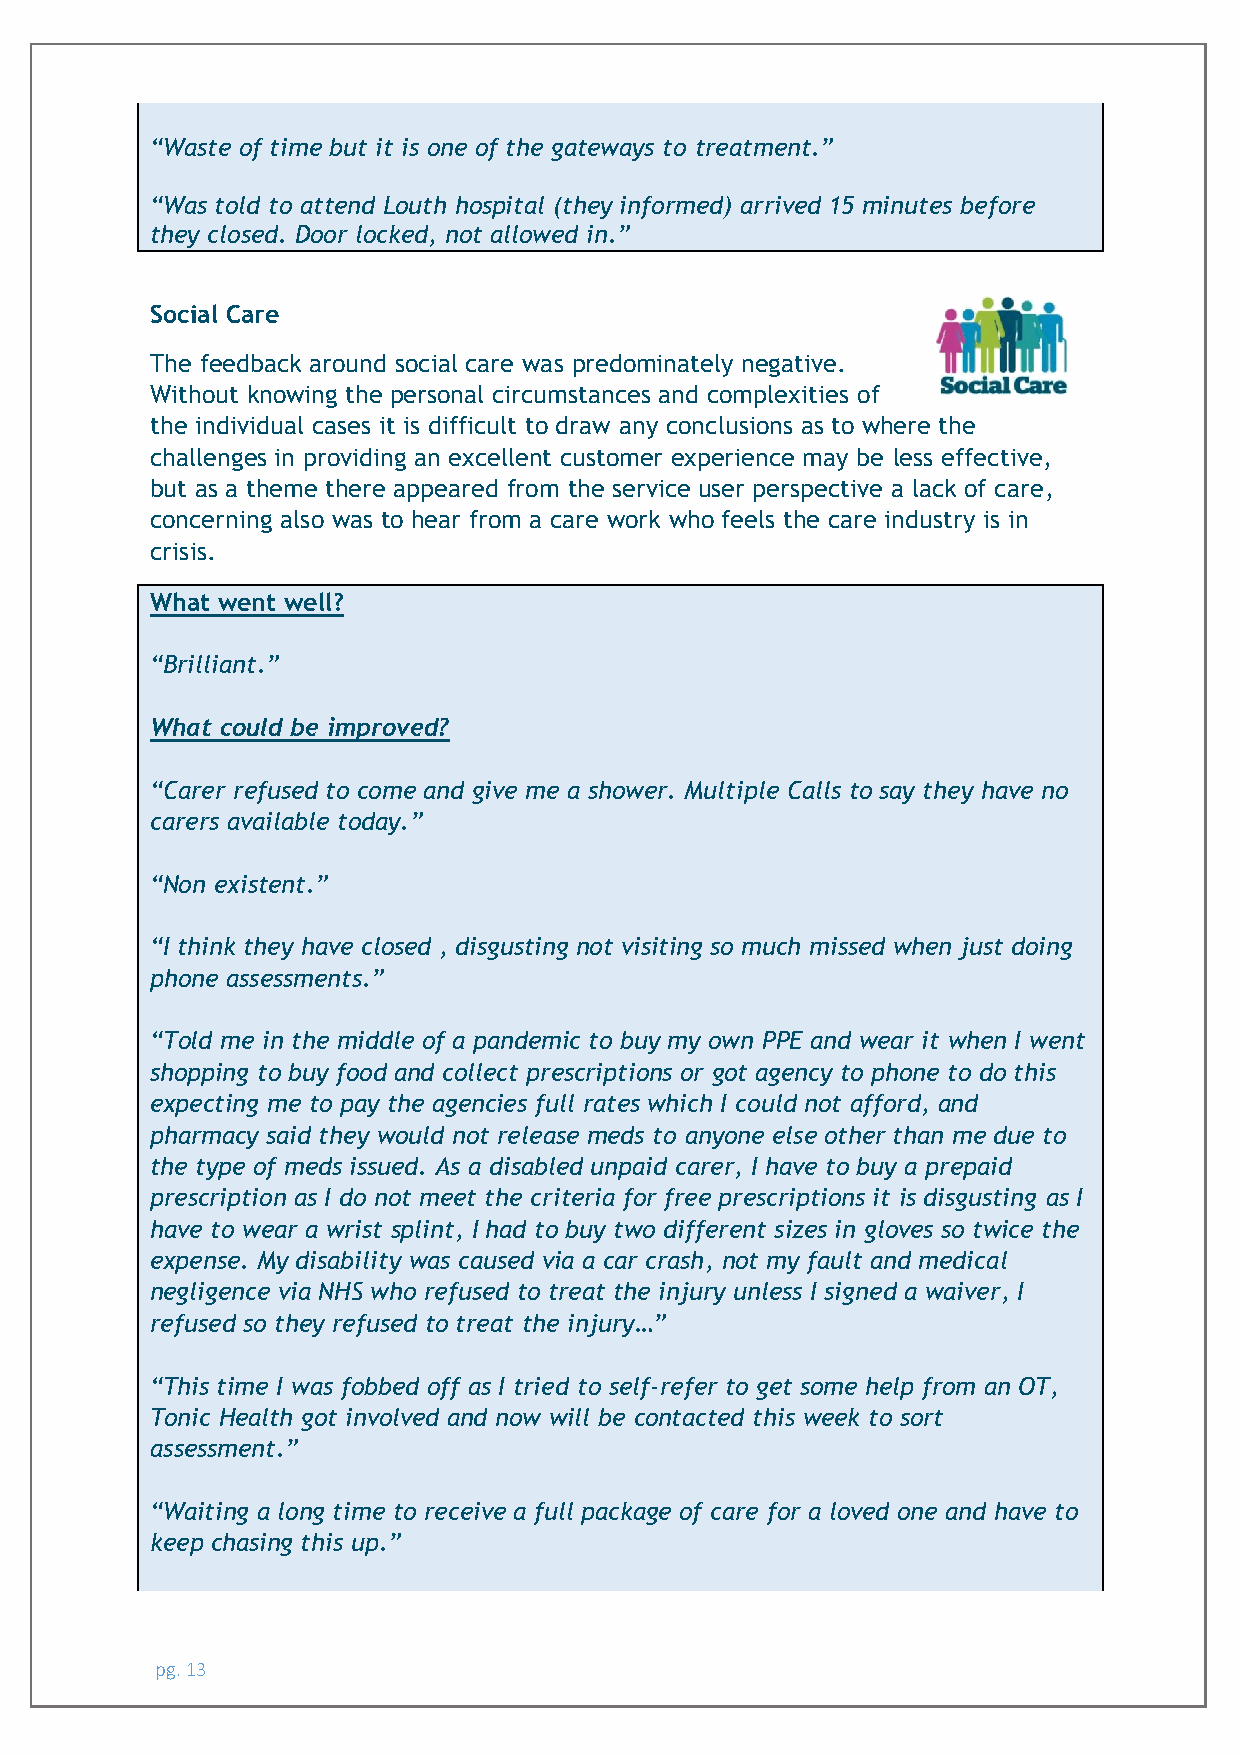
“Waste of time but it is one of the gateways to treatment.”
 “Was told to attend Louth hospital (they informed) arrived 15 minutes before
 they closed. Door locked, not allowed in.”
 Social Care
 The feedback around social care was predominately negative.
 Without knowing the personal circumstances and complexities of
 the individual cases it is difficult to draw any conclusions as to where the
 challenges in providing an excellent customer experience may be less effective,
 but as a theme there appeared from the service user perspective a lack of care,
 concerning also was to hear from a care work who feels the care industry is in
 crisis.
 What went well?
 “Brilliant.”
 What could be improved?
 “Carer refused to come and give me a shower. Multiple Calls to say they have no
 carers available today.”
 “Non existent.”
 “I think they have closed , disgusting not visiting so much missed when just doing
 phone assessments.”
 “Told me in the middle of a pandemic to buy my own PPE and wear it when I went
 shopping to buy food and collect prescriptions or got agency to phone to do this
 expecting me to pay the agencies full rates which I could not afford, and
 pharmacy said they would not release meds to anyone else other than me due to
 the type of meds issued. As a disabled unpaid carer, I have to buy a prepaid
 prescription as I do not meet the criteria for free prescriptions it is disgusting as I
 have to wear a wrist splint, I had to buy two different sizes in gloves so twice the
 expense. My disability was caused via a car crash, not my fault and medical
 negligence via NHS who refused to treat the injury unless I signed a waiver, I
 refused so they refused to treat the injury…”
 “This time I was fobbed off as I tried to self-refer to get some help from an OT,
 Tonic Health got involved and now will be contacted this week to sort
 assessment.”
 “Waiting a long time to receive a full package of care for a loved one and have to
 keep chasing this up.”
 pg. 13